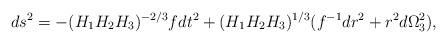
LaTeX: \begin{align*}ds^2 =-(H_1H_2H_3)^{-2/3} fdt^2 +(H_1H_2H_3)^{1/3}(f^{-1}dr^2 +r^2d\Omega_3^2),\end{align*}